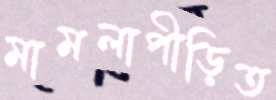
মামলাপীড়িত